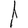
Digit: 1